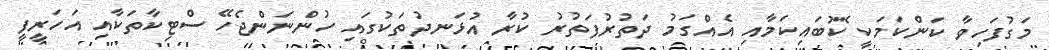
މަގުފަހިވާ ކަންކަމަކީ ކޮބައިކަމާއި އެއްގަމު ދަތުރުފަތުރު ކުރާ އުޅަނދުތަކުގައި ހުންނަންޖެހޭ ސްޓިކާތަކާއި އަހަރީފީ